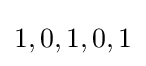
1,0,1,0,1